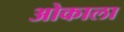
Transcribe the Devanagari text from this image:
ओकाला